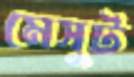
মেসুট